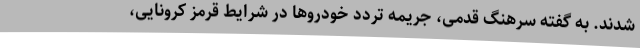
شدند. به گفته سرهنگ قدمی، جریمه تردد خودرو‌ها در شرایط قرمز کرونایی،